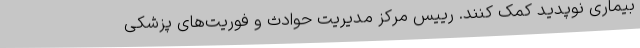
بیماری نوپدید کمک کنند. رییس مرکز مدیریت حوادث و فوریت‌های پزشکی